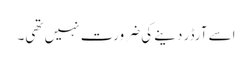
اسے آرڈر دینے کی ضرورت نہیں تھی۔